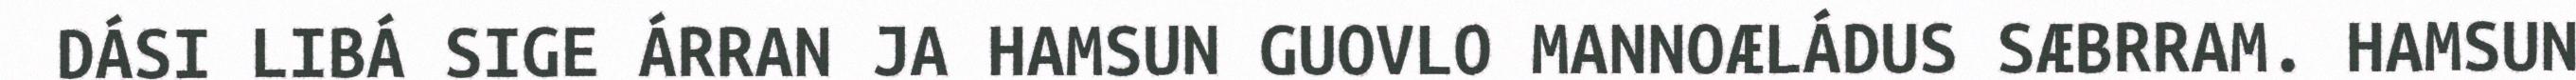
DÁSI LIBÁ SIGE ÁRRAN JA HAMSUN GUOVLO MANNOÆLÁDUS SÆBRRAM. HAMSUN